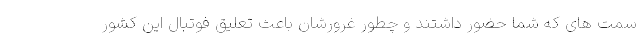
سمت های که شما حضور داشتند و چطور غرورشان باعث تعلیق فوتبال این کشور